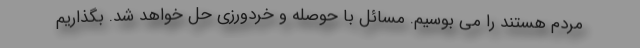
مردم هستند را می بوسیم. مسائل با حوصله و خردورزی حل خواهد شد. بگذاریم